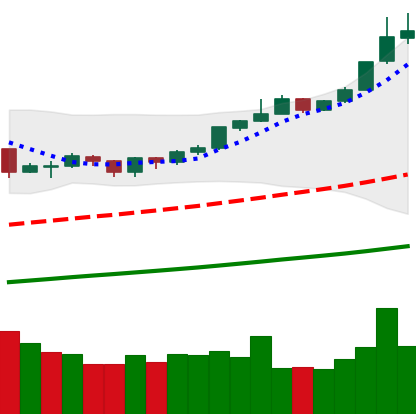
Ticker: BTC-USD
Chart end date: 2019-06-23
Forward return: 14.297%
Label: up_7plus